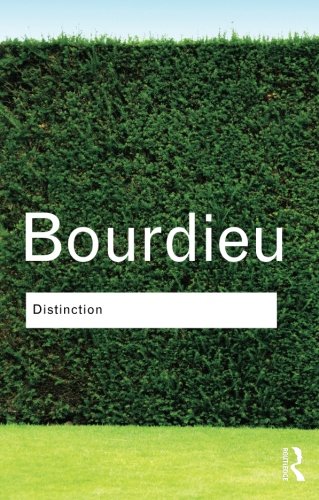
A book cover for Distinction: A Social Critique of the Judgement of Taste (Routledge Classics); Pierre Bourdieu; Politics & Social Sciences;